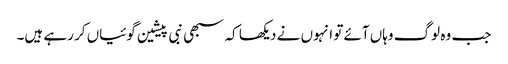
جب وہ لوگ وہاں آئے تو انہوں نے دیکھا کہ سبھی نبی پیشین گوئیاں کر رہے ہیں۔